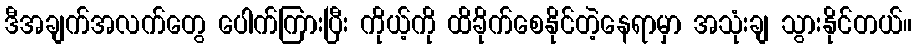
ဒီအချက်အလက်တွေ ပေါက်ကြားပြီး ကိုယ့်ကို ထိခိုက်စေနိုင်တဲ့နေရာမှာ အသုံးချ သွားနိုင်တယ်။